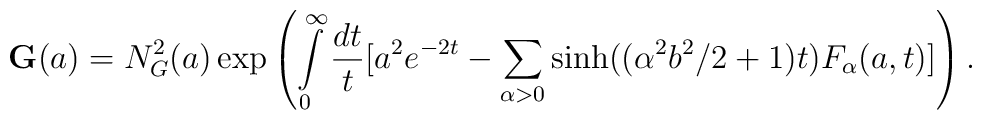
\mathbf{G}(a)=N_{G}^{2}(a)\exp \left( \int\limits_{0}^{\infty }\frac{dt}{t}[a^{2}e^{-2t}-\sum_{\alpha >0}\sinh ((\alpha ^{2}b^{2}/2+1)t)F_{\alpha }(a,t)]\right) .